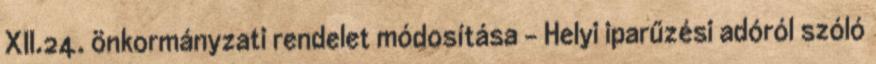
XII.24. önkormányzati rendelet módosítása - Helyi iparűzési adóról szóló